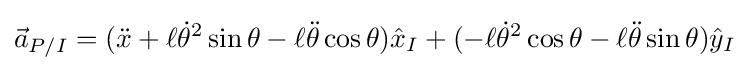
{\vec {a}}_{P/I}=({\ddot {x}}+\ell {\dot {\theta }}^{2}\sin \theta -\ell {\ddot {\theta }}\cos \theta ){\hat {x}}_{I}+(-\ell {\dot {\theta }}^{2}\cos \theta -\ell {\ddot {\theta }}\sin \theta ){\hat {y}}_{I}